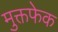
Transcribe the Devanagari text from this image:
मुक्तफेक